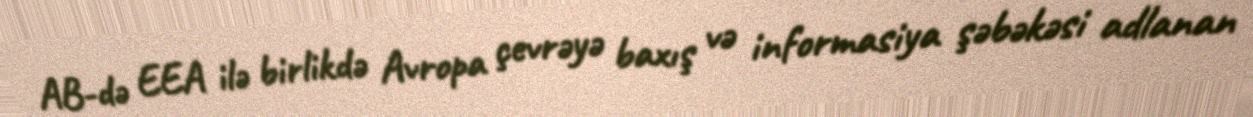
AB-də EEA ilə birlikdə Avropa çevrəyə baxış və informasiya şəbəkəsi adlanan